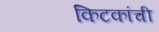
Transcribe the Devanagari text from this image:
किटकांची